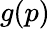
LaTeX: g(p)